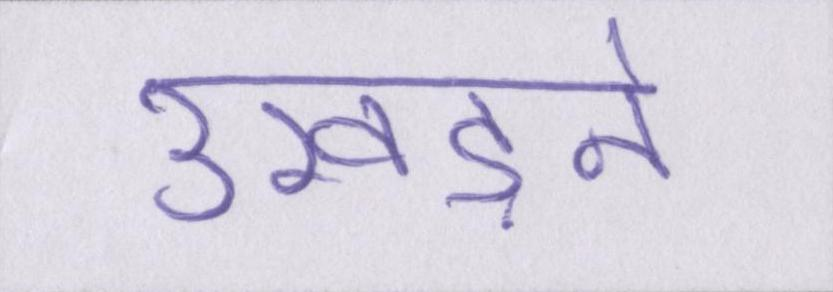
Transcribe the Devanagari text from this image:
उखड़ने